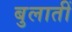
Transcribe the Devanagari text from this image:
बुलातीं